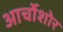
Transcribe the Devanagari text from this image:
आर्चोशोर